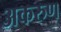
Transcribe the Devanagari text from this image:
अकरुण